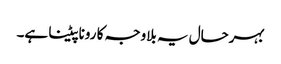
بہرحال یہ بلاوجہ کا رونا پیٹنا ہے۔